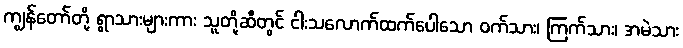
ကျွန်တော်တို့ ရွာသားများကား သူတို့ဆီတွင် ငါးသလောက်ထက်ပေါသော ဝက်သား၊ ကြက်သား၊ အမဲသား